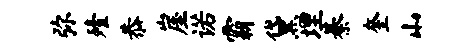
弥殪恭崖诺霸黛埋綦奎山